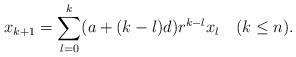
LaTeX: \begin{align*}x_{k+1}=\sum_{l=0}^k(a+(k-l)d)r^{k-l} x_l\quad(k\leq n).\end{align*}